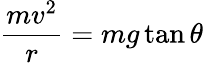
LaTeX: {\frac{mv^{2}}{r}}={mg\tan\theta}